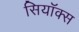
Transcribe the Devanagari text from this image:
सियॉक्स